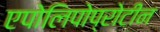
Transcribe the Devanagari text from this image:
एपोलिपोप्रोटीन